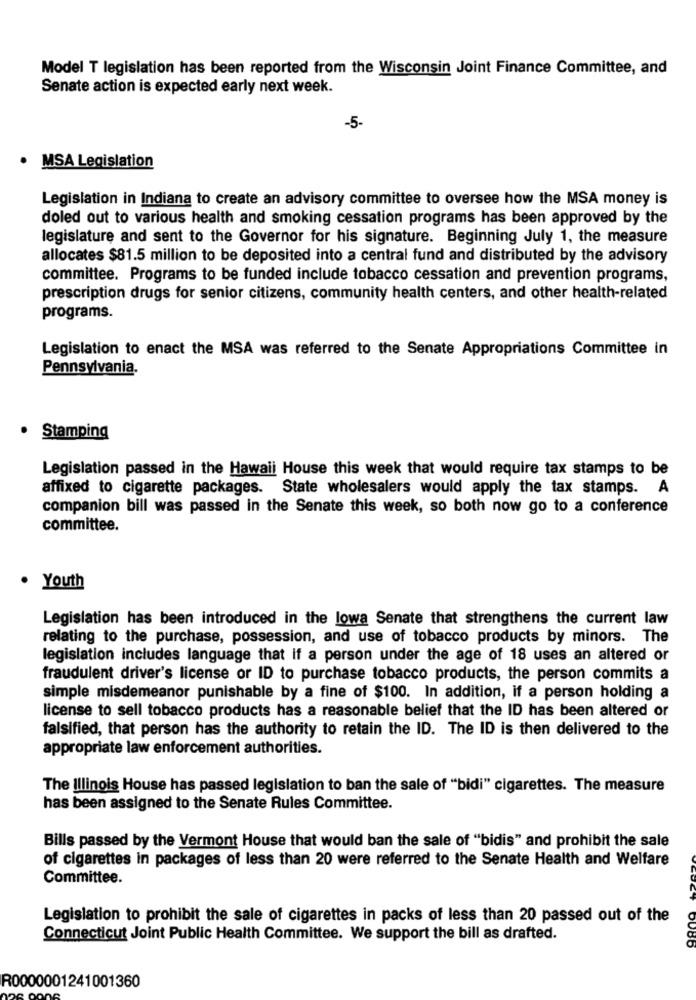
Model T legislation has been reported from the Wisconsin Joint Finance Committee, and
Senate action is expected early next week.
-5-
· MSA Legislation
Legislation in Indiana to create an advisory committee to oversee how the MSA money is
doled out to various health and smoking cessation programs has been approved by the
legislature and sent to the Governor for his signature. Beginning July 1, the measure
allocates $81.5 million to be deposited into a central fund and distributed by the advisory
committee. Programs to be funded include tobacco cessation and prevention programs,
prescription drugs for senior citizens, community health centers, and other health-related
programs.
Legislation to enact the MSA was referred to the Senate Appropriations Committee in
Pennsylvania.
.
Stamping
Legislation passed in the Hawaii House this week that would require tax stamps to be
affixed to cigarette packages. State wholesalers would apply the tax stamps. A
companion bill was passed in the Senate this week, so both now go to a conference
committee.
. Youth
Legislation has been introduced in the lowa Senate that strengthens the current law
relating to the purchase, possession, and use of tobacco products by minors. The
legislation includes language that if a person under the age of 18 uses an altered or
fraudulent driver's license or ID to purchase tobacco products, the person commits a
simple misdemeanor punishable by a fine of $100. In addition, if a person holding a
license to sell tobacco products has a reasonable belief that the ID has been altered or
falsified, that person has the authority to retain the ID. The ID is then delivered to the
appropriate law enforcement authorities.
The Illinois House has passed legislation to ban the sale of "bidi" cigarettes. The measure
has been assigned to the Senate Rules Committee.
Bills passed by the Vermont House that would ban the sale of "bidis" and prohibit the sale
of cigarettes in packages of less than 20 were referred to the Senate Health and Welfare
Committee.
Legislation to prohibit the sale of cigarettes in packs of less than 20 passed out of the
Connecticut Joint Public Health Committee. We support the bill as drafted.
R0000001241001360